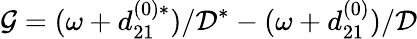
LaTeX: \mathcal{G}=(\omega+d_{21}^{(0)\ast})/\mathcal{D}^{\ast}-(\omega+d_{21}^{(0)})/\mathcal{D}